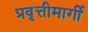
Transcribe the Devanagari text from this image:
प्रवृत्तीमार्गी